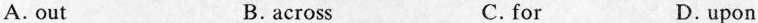
A. out B. across C.for D.upon